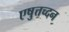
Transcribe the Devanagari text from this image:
एषुत्तच्दन